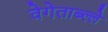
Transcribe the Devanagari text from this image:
वेगेताब्ल्ले